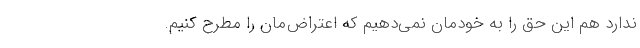
ندارد هم این حق را به خودمان نمی‌دهیم که اعتراض‌مان را مطرح کنیم.